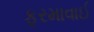
ફરમાવાઈ